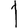
Digit: 1